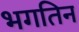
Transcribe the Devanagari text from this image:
भगतिन